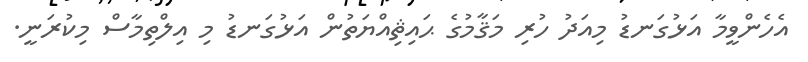
އެހެންވީމާ އަޅުގަނޑު މިއަދު ހުރި މަޤާމުގެ ޙައިޘިއްޔަތުން އަޅުގަނޑު މި އިލްތިމާސް މިކުރަނީ.